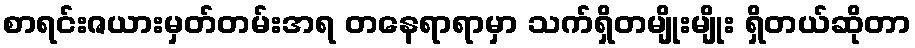
စာရင်းဇယားမှတ်တမ်းအရ တနေရာရာမှာ သက်ရှိတမျိုးမျိုး ရှိတယ်ဆိုတာ